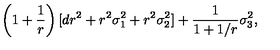
\left( 1 + \frac { 1 } { r } \right) [ d r ^ { 2 } + r ^ { 2 } \sigma _ { 1 } ^ { 2 } + r ^ { 2 } \sigma _ { 2 } ^ { 2 } ] + \frac { 1 } { 1 + 1 / r } \sigma _ { 3 } ^ { 2 } ,